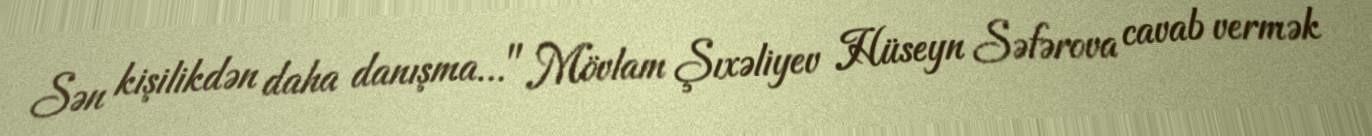
Sən kişilikdən daha danışma..." Mövlam Şıxəliyev Hüseyn Səfərova cavab vermək